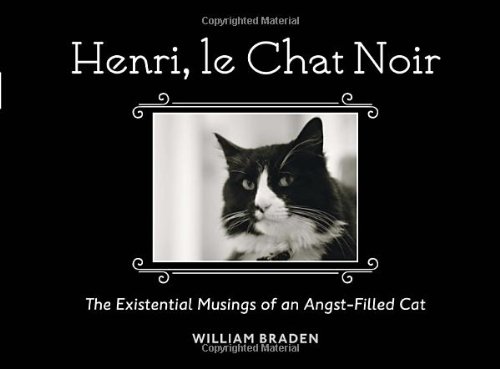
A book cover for Henri, le Chat Noir: The Existential Musings of an Angst-Filled Cat; William Braden; Humor & Entertainment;